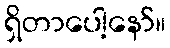
ရှိတာပေါ့နော်။